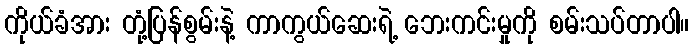
ကိုယ်ခံအား တုံ့ပြန်စွမ်းနဲ့ ကာကွယ်ဆေးရဲ့ ဘေးကင်းမှုကို စမ်းသပ်တာပါ။